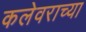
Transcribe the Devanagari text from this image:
कलेवराच्या